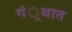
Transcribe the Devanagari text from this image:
गं्रथात